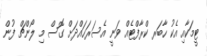
ޓީމަކާއި އެކު ހާބަރ ކްރާފްޓެއް ވަނީ އެސަރަހައްދަށް ގޮސް މި ލޯންޗް ފުން